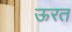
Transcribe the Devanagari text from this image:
ऊरत